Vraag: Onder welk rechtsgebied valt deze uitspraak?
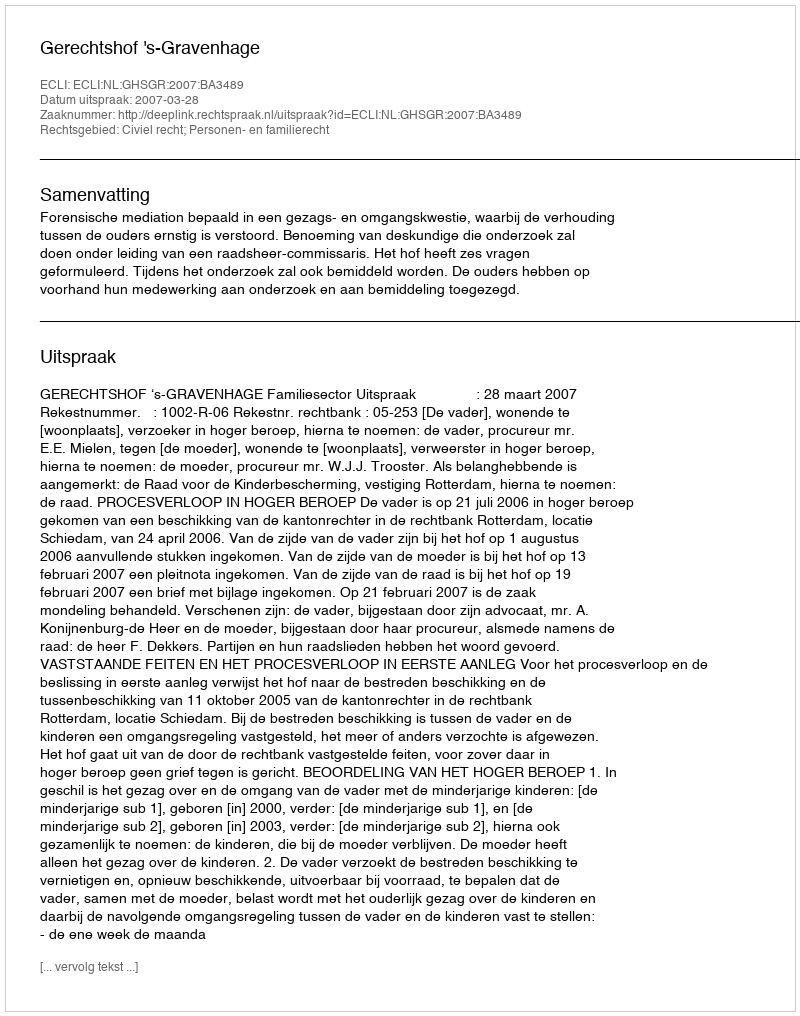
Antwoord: Civiel recht; Personen- en familierecht